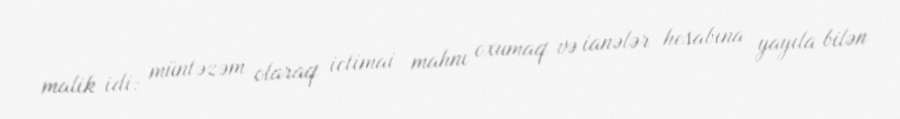
malik idi: müntəzəm olaraq ictimai mahnı oxumaq və ianələr hesabına yayıla bilən